Lunatic asylums Bombay report 1878-1890 - 1878-1890
Year: 1878
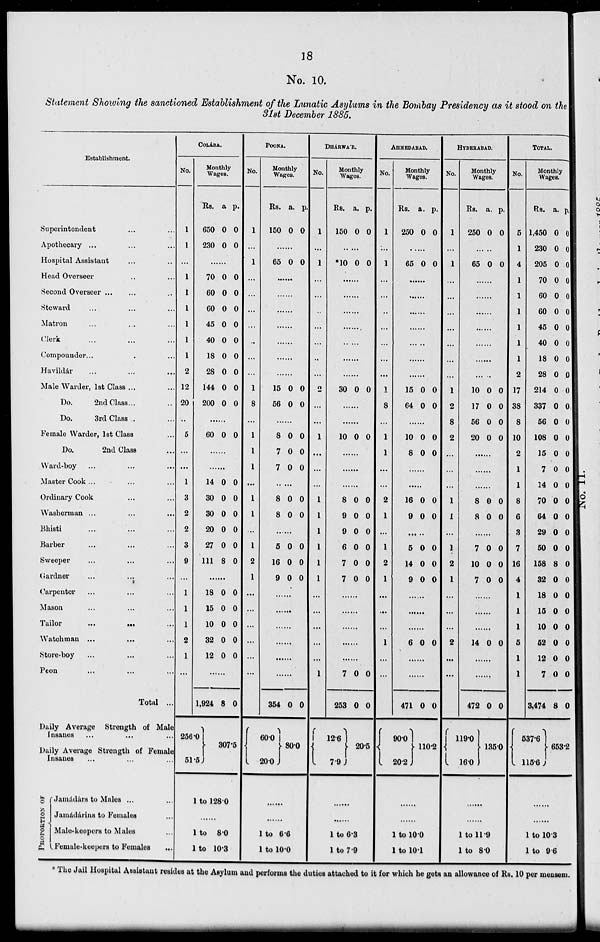
18
No. 10.
Statement Showing the sanctioned Establishment of the Lunatic Asylums in the Bombay Presidency as it stood on the
31st December 1885.
Establishment.
Superintendent ... ...
Apothecary ... ... ...
Hospital Assistant ... ...
Head Overseer .. ...
Second Overseer ... ... ...
Steward ... ... ...
Matron ... ... ...
Clerk ... ... ...
Compounder ... ...
Havildár ... ... ...
Male Warder, 1st Class ... ...
Do.
2nd Class ... ..
Do.
3rd Class ..
Female Warder, 1st Class ...
Do.
2nd Class ...
Ward-boy ... ... ...
Master Cook ... ... ...
Ordinary Cook ... ...
Washerman ... ... ...
Bhisti ... ... ...
Barber ... ... ...
Sweeper ... ... ...
Gardner ... ... ...
Carpenter ... ... ...
Mason ... ... ...
Tailor ... ...
...
Watchman ... ... ...
Store-boy ... ... ...
Peon ... ... ...
Total ...
Daily Average Strength of Male
Insanes ... ... ...
Daily Average Strength of Female
Insanes ... ... ...
PROPORTION OF
Jamádárs to Males ... ...
Jamádárins to Females ...
Male-Keepers to Males ...
Female-keepers to Females ...
COLÁBA.
No.
1
1
...
1
1
1
1
1
1
2
12
20
..
5
...
...
1
3
2
2
3
9
...
1
1
1
2
1
...
Monthly
Wages.
Rs.
650
230
a
0
0
p.
0
0
... ...
70
60
60
45
40
18
28
144
200
0
0
0
0
0
0
0
0
0
0
0
0
0
0
0
0
0
0
... ...
60 0 0
... ...
... ...
14
30
30
20
27
111
0
0
0
0
0
8
0
0
0
0
0
0
... ...
18
15
10
32
12
0
0
0
0
0
0
0
0
0
0
... ...
1,924
256.0
51.5
8 0
307.5
1 to 128.0
... ...
1 to 8.0
1 to 10.3
POONA.
No.
1
...
1
...
...
...
...
..
...
...
1
8
...
1
1
1
...
1
1
...
1
2
1
...
...
...
...
...
...
Monthly
Wages.
Rs.
150
a.
0
p.
0
... ...
65 0 0
... ...
... ...
... ...
... ...
... ...
... ...
... ...
15
56
0
0
0
0
... ...
8
7
7
0
0
0
0
0
0
... ...
8
8
0
0
0
0
... ...
5
16
9
0
0
0
0
0
0
... ...
... ...
... ...
... ...
... ...
... ...
354
60.0
20.0
0 0
80.0
... ...
... ...
1 to 6.6
1 to 10.0
DHÁRWÁR.
No.
1
...
1
...
...
..
...
...
..
...
2
...
...
1
...
...
...
1
1
1
1
1
1
...
...
...
...
...
1
Monthly
Wages.
Rs.
150
a.
0
p.
0
... ...
*10 0 0
... ...
... ...
... ...
... ...
... ...
... ...
... ...
30 0 0
... ...
... ...
10 0 0
... ...
... ...
... ...
8
9
9
6
7
7
0
0
0
0
0
0
0
0
0
0
0
0
... ...
... ...
... ...
... ...
... ...
7
253
12.6
7.9
0
0
0
0
20.5
... ...
... ...
1 to 6.3
1 to 7.9
AHMEDABAD.
No.
1
...
1
...
...
..
...
...
...
...
1
8
...
1
1
...
...
2
1
...
1
2
1
...
...
...
1
...
...
Monthly
Wages.
Rs.
250
a.
0
p.
0
... ...
65 0 0
... ...
... ...
... ...
... ...
... ...
... ...
... ...
15
64
0
0
0
0
... ...
10
8
0
0
0
0
... ...
... ...
16
9
0
0
0
0
... ...
5
14
9
0
0
0
0
0
0
... ...
... ...
... ...
6 0 0
... ...
... ...
471
90.0
20.2
0 0
110.2
... ...
... ...
1 to 10.0
1 to 10.1
HYDERABAD.
No.
1
...
1
...
...
...
...
...
...
...
1
2
8
2
...
...
...
1
1
...
1
2
1
...
...
...
2
...
...
Monthly
Wages.
Rs.
250
a.
0
p.
0
... ...
65 0 0
... ...
... ...
... ...
... ...
... ...
... ...
... ...
10
17
56
20
0
0
0
0
0
0
0
0
... ...
... ...
... ...
8
8
0
0
0
0
... ...
7
10
7
0
0
0
0
0
0
... ...
... ...
... ...
14 0 0
... ...
... ...
472
119.0
16.0
0 0
135.0
... ...
... ...
1 to 11.9
1 to 8.0
TOTAL.
No.
5
1
4
1
1
1
1
1
1
2
17
38
8
10
2
1
1
8
6
3
7
16
4
1
1
1
5
1
1
Monthly
Wages.
Rs.
1,450
230
205
70
60
60
45
40
18
28
214
337
56
108
15
7
14
70
64
29
50
158
32
18
15
10
52
12
7
3,474
537.6
115.6
a.
0
0
0
0
0
0
0
0
0
0
0
0
0
0
0
0
0
0
0
0
0
8
0
0
0
0
0
0
0
8
p.
0
0
0
0
0
0
0
0
0
0
0
0
0
0
0
0
0
0
0
0
0
0
0
0
0
0
0
0
0
0
653.2
... ...
... ...
1 to 10.3
1 to 9.6
* The Jail Hospital Assistant resides at the Asylum and performs the duties attached to it for which he gets an allowance of Rs. 10 per mensem.